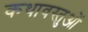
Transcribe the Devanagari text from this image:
कथावस्तुओं